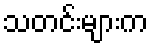
သတင်းများက